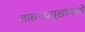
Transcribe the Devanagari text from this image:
शासनप्रमुखांमध्ये